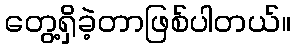
တွေ့ရှိခဲ့တာဖြစ်ပါတယ်။